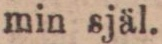
min själ.